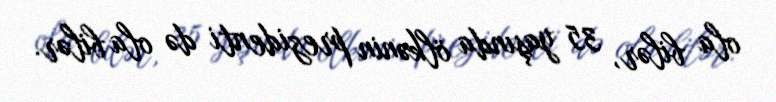
ola bilər, 35 yaşında ölkənin prezidenti də ola bilər.